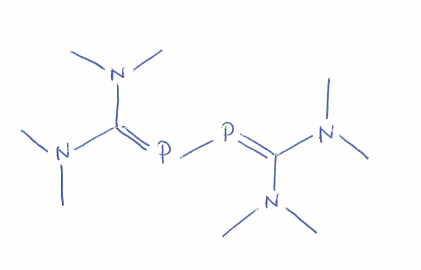
Simplified molecular-input line-entry system (SMILES) notation of the given molecule:
CN(C)C(=PP=C(N(C)C)N(C)C)N(C)C